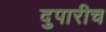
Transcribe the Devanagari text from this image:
दुपारीच